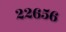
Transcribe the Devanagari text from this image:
२२६५६